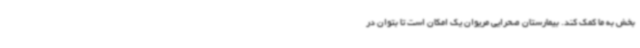
بخش به ما کمک کند. بیمارستان صحرایی مریوان یک امکان است تا بتوان در